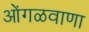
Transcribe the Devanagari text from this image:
ओंगळवाणा